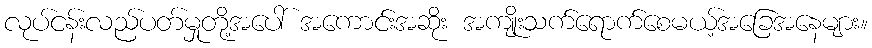
လုပ်ငန်းလည်ပတ်မှုတို့အပေါ် အကောင်းအဆိုး အကျိုးသက်ရောက်စေမယ့်အခြေအနေများ။